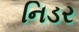
નિડર